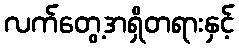
လက်တွေ့အရှိတရားနှင့်